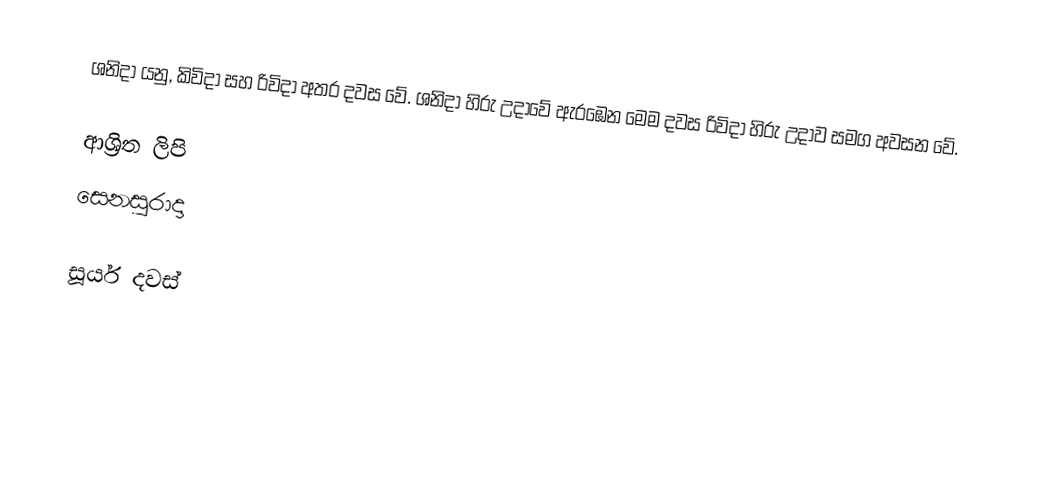
ශනිදා යනු, කිවිදා සහ රිවිදා අතර දවස වේ. ශනිදා හිරු උදාවේ ඇරඹෙන මෙම දවස රිවිදා හිරු උදාව සමග අවසන වේ.

ආශ්‍රිත ලිපි
 සෙනසුරාදා

සූර්ය දවස්